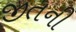
જીતની